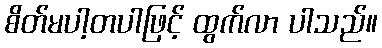
စိတ်မပါ့တပါဖြင့် ထွက်လာ ပါသည်။